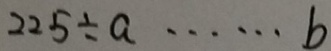
2 2 5 \div a \cdots b